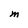
Character: M